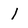
Character: 1